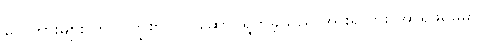
လှေကားများ တက်ကြွစွာပါဝင်ဆောင်ရွက်ခဲ့သည် အားရလား အာရှဖိုရမ်မှာ